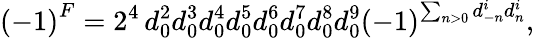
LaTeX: \left(-1\right)^{F}=2^{4}\, d_{0}^{2}d_{0}^{3}d_{0}^{4}d_{0}^{5}d_{0}^{6}d_{0}^{7}d_{0}^{8}d_{0}^{9}\left(-1\right)^{\sum_{n>0}d_{-n}^{i}d_{n}^{i}},